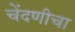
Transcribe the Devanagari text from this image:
चेंदणीचा